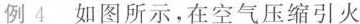
例4如图所示，在空气压缩引火